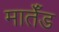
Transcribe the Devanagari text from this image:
मार्तँड